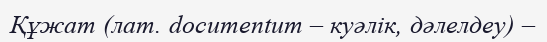
Құжат (лат. documentum – куәлік, дәлелдеу) –